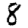
Digit: 8